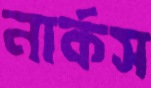
নার্কস